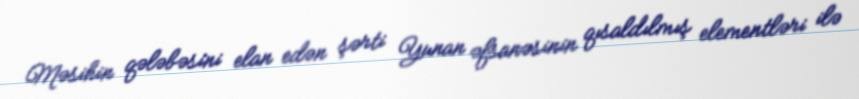
Məsihin qələbəsini elan edən şərti Yunan əfsanəsinin qısaldılmış elementləri ilə